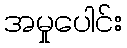
အမှုပေါင်း